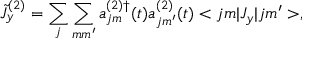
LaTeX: \tilde { J } _ { y } ^ { ( 2 ) } = \sum _ { j } \sum _ { m m ^ { \prime } } a _ { j m } ^ { ( 2 ) \dag } ( t ) a _ { j m ^ { \prime } } ^ { ( 2 ) } ( t ) < j m | { \cal J } _ { y } | j m ^ { \prime } > ,